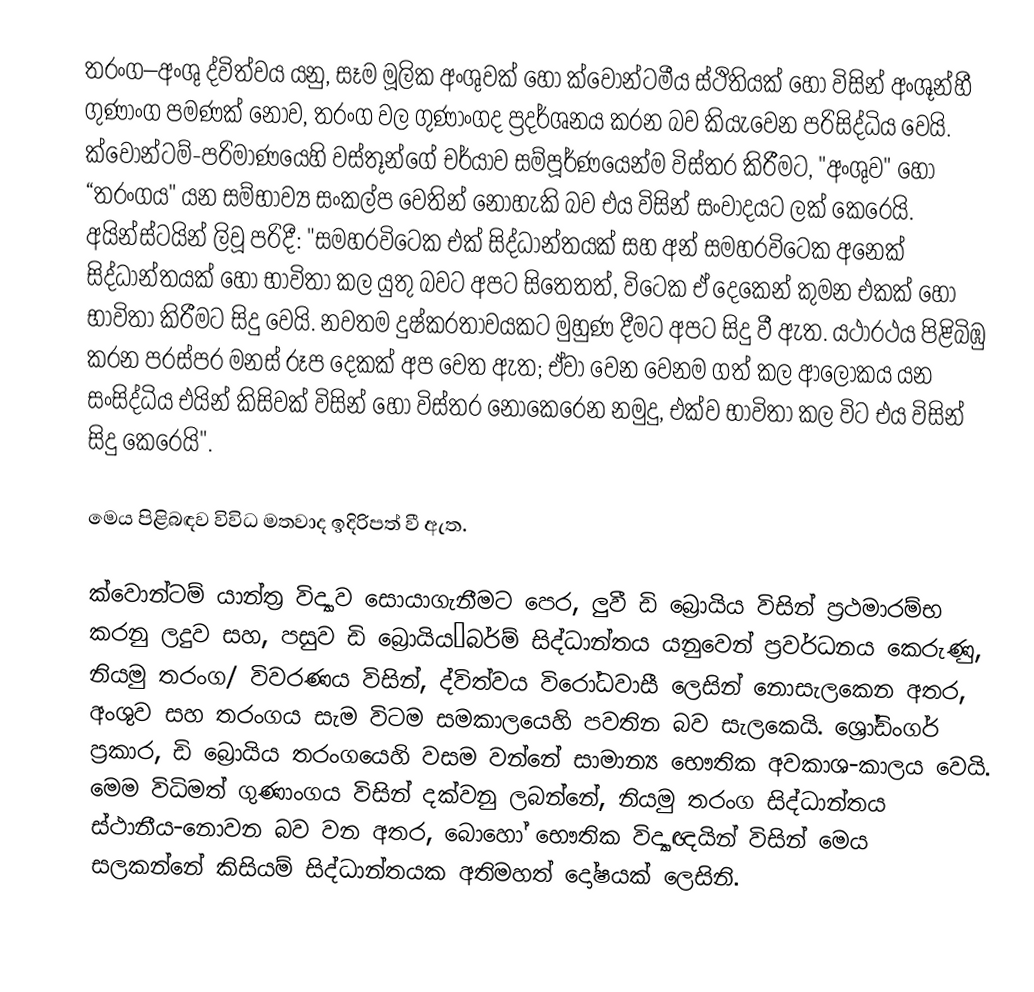
තරංග–අංශු ද්විත්වය යනු,  සෑම  මූලික අංශුවක්  හෝ  ක්වොන්ටමීය ස්ථිතියක් හෝ විසින්  අංශූන්හී ගුණාංග පමණක් නොව, තරංග වල ගුණාංගද ප්‍රදර්ශනය කරන බව කියැවෙන පරිසිද්ධිය වෙයි. ක්වොන්ටම්-පරිමාණයෙහි වස්තූන්ගේ  චර්යාව සම්පූර්ණයෙන්ම විස්තර කිරීමට,  "අංශුව" හෝ “තරංගය" යන සම්භාව්‍ය සංකල්ප වෙතින් නොහැකි බව එය විසින් සංවාදයට ලක් කෙරෙයි. අයින්ස්ටයින් ලිවූ පරිදී: "සමහරවිටෙක එක් සිද්ධාන්තයක් සහ අන් සමහරවිටෙක අනෙක් සිද්ධාන්තයක් හෝ භාවිතා කල යුතු බවට අපට සිතෙතත්, විටෙක ඒ දෙකෙන් කුමන එකක් හෝ භාවිතා කිරීමට සිදු වෙයි. නවතම දුෂ්කරතාවයකට මුහුණ දීමට අපට සිදු වී ඇත. යථාරථය පිළිබිඹු කරන පරස්පර මනස් රූප දෙකක් අප වෙත ඇත; ඒවා වෙන වෙනම ගත් කල ආලෝකය යන සංසිද්ධිය එයින් කිසිවක් විසින් හෝ විස්තර නොකෙරෙන නමුදු, එක්ව භාවිතා කල විට එය විසින් සිදු කෙරෙයි".

මෙය පිළිබඳව විවිධ මතවාද ඉදිරිපත් වී ඇත.

ක්වොන්ටම් යාන්ත්‍ර විද්‍යාව සොයාගැනීමට පෙර, ලුවී ඩි බ්‍රොයිය විසින් ප්‍රථමාරම්භ කරනු ලදුව සහ, පසුව  ඩි බ්‍රොයිය–බර්ම්  සිද්ධාන්තය යනුවෙන් ප්‍රවර්ධනය කෙරුණු, නියමු තරංග/ විවරණය විසින්, ද්විත්වය විරෝධවාසී ලෙසින් නොසැලකෙන අතර, අංශුව සහ තරංගය සැම විටම සමකාලයෙහි පවතින බව සැලකෙයි.  ශ්‍රෝඩිංගර් ප්‍රකාර, ඩි බ්‍රොයිය තරංගයෙහි වසම වන්නේ සාමාන්‍ය භෞතික අවකාශ-කාලය වෙයි. මෙම විධිමත් ගුණාංගය විසින් දක්වනු ලබන්නේ, නියමු තරංග සිද්ධාන්තය ස්ථානීය-නොවන බව වන අතර, බොහෝ  භෞතික විද්‍යාඥයින් විසින් මෙය සලකන්නේ කිසියම් සිද්ධාන්තයක අතිමහත් දෝෂයක් ලෙසිනි.